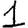
Digit: 1